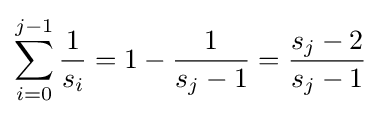
\sum _{i=0}^{j-1}{\frac {1}{s_{i}}}=1-{\frac {1}{s_{j}-1}}={\frac {s_{j}-2}{s_{j}-1}}